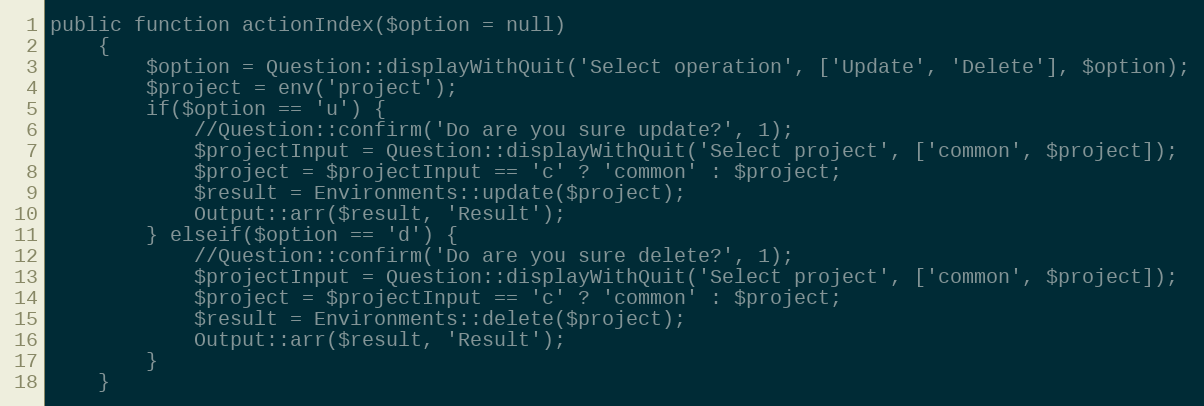
Language: PHP
public function actionIndex($option = null)
	{
		$option = Question::displayWithQuit('Select operation', ['Update', 'Delete'], $option);
		$project = env('project');
		if($option == 'u') {
			//Question::confirm('Do are you sure update?', 1);
			$projectInput = Question::displayWithQuit('Select project', ['common', $project]);
			$project = $projectInput == 'c' ? 'common' : $project;
			$result = Environments::update($project);
			Output::arr($result, 'Result');
		} elseif($option == 'd') {
			//Question::confirm('Do are you sure delete?', 1);
			$projectInput = Question::displayWithQuit('Select project', ['common', $project]);
			$project = $projectInput == 'c' ? 'common' : $project;
			$result = Environments::delete($project);
			Output::arr($result, 'Result');
		}
	}